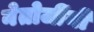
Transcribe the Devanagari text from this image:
नेतोजींनी